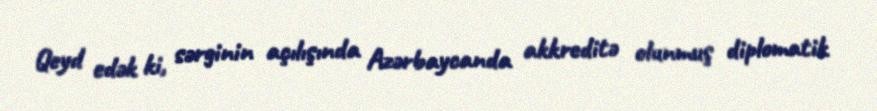
Qeyd edək ki, sərginin açılışında Azərbaycanda akkreditə olunmuş diplomatik